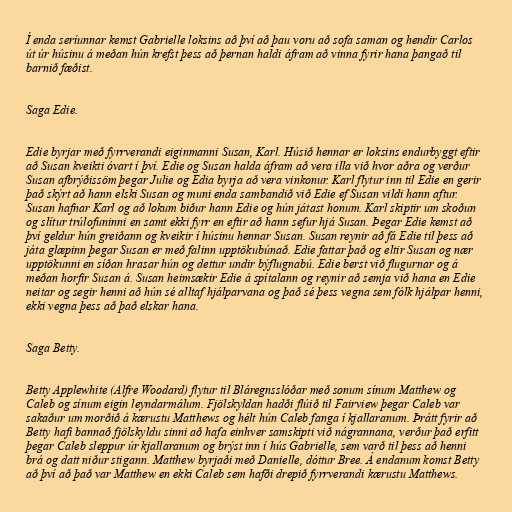
Í enda seríunnar kemst Gabrielle loksins að því að þau voru að sofa saman og hendir Carlos
út úr húsinu á meðan hún krefst þess að þernan haldi áfram að vinna fyrir hana þangað til
barnið fæðist.

Saga Edie.

Edie byrjar með fyrrverandi eiginmanni Susan, Karl. Húsið hennar er loksins endurbyggt eftir
að Susan kveikti óvart í því. Edie og Susan halda áfram að vera illa við hvor aðra og verður
Susan afbrýðissöm þegar Julie og Edia byrja að vera vinkonur. Karl flytur inn til Edie en gerir
það skýrt að hann elski Susan og muni enda sambandið við Edie ef Susan vildi hann aftur.
Susan hafnar Karl og að lokum biður hann Edie og hún játast honum. Karl skiptir um skoðun
og slítur trúlofuninni en samt ekki fyrr en eftir að hann sefur hjá Susan. Þegar Edie kemst að
því geldur hún greiðann og kveikir í húsinu hennar Susan. Susan reynir að fá Edie til þess að
játa glæpinn þegar Susan er með falinn upptökubúnað. Edie fattar það og eltir Susan og nær
upptökunni en síðan hrasar hún og dettur undir býflugnabú. Edie berst við flugurnar og á
meðan horfir Susan á. Susan heimsækir Edie á spítalann og reynir að semja við hana en Edie
neitar og segir henni að hún sé alltaf hjálparvana og það sé þess vegna sem fólk hjálpar henni,
ekki vegna þess að það elskar hana.

Saga Betty.

Betty Applewhite (Alfre Woodard) flytur til Bláregnsslóðar með sonum sínum Matthew og
Caleb og sínum eigin leyndarmálum. Fjölskyldan hadði flúið til Fairview þegar Caleb var
sakaður um morðið á kærustu Matthews og hélt hún Caleb fanga í kjallaranum. Þrátt fyrir að
Betty hafi bannað fjölskyldu sinni að hafa einhver samskipti við nágrannana, verður það erfitt
þegar Caleb sleppur úr kjallaranum og brýst inn í hús Gabrielle, sem varð til þess að henni
brá og datt niður stigann. Matthew byrjaði með Danielle, dóttur Bree. Á endanum komst Betty
að því að það var Matthew en ekki Caleb sem hafði drepið fyrrverandi kærustu Matthews.